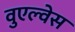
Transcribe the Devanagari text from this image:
वुएल्वेस